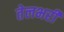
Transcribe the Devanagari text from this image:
तेलभरी